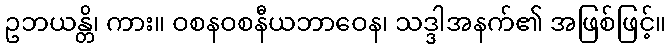
ဥဘယန္တိ၊ ကား။ ဝစနဝစနီယဘာဝေန၊ သဒ္ဒါအနက်၏ အဖြစ်ဖြင့်။